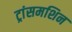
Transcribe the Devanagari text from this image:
ट्रांसमशिन